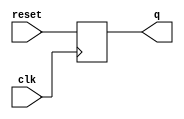
// __________________________________________________________
// PIPO(Parallel In Parallel Out ) Register..................
// __________________________________________________________

module PIPO_Regester(q,reset,clk);
  
  
  output reg [3:0] q;
  input [3:0] reset;
  input clk;
  
  always @(negedge clk)
    begin
      q<=reset;
    end
endmodule